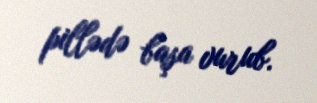
pillədə başa vurub.